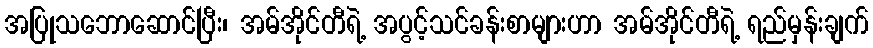
အပြုသဘောဆောင်ပြီး၊ အမ်အိုင်တီရဲ့ အပွင့်သင်ခန်းစာများဟာ အမ်အိုင်တီရဲ့ ရည်မှန်းချက်